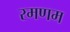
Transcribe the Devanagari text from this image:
रमणम